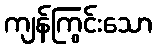
ကျန်ကြွင်းသော